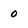
Character: 0